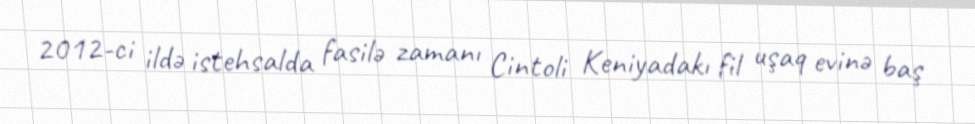
2012-ci ildə istehsalda fasilə zamanı Cintoli Keniyadakı fil uşaq evinə baş